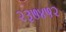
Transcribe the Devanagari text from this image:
२३७४५२